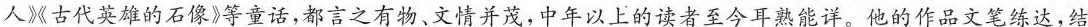
人》《古代英雄的石像》等童话，都言之有物、文情并茂，中年以上的读者至今耳熟能详。他的作品文笔练达，结